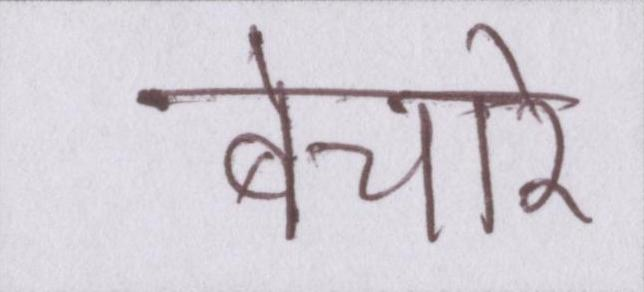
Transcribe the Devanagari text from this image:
बेचारे